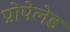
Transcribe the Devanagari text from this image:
प्रोपेलेड